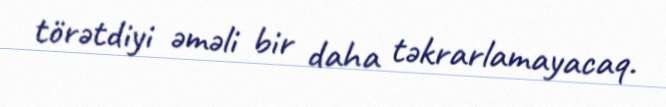
törətdiyi əməli bir daha təkrarlamayacaq.